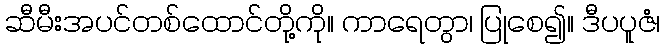
ဆီမီးအပင်တစ်ထောင်တို့ကို။ ကာရေတွာ၊ ပြုစေ၍။ ဒီပပူဇံ၊